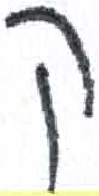
אות: ק